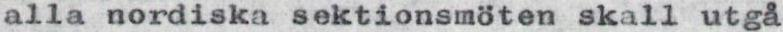
alla nordiska sektionsmöten skall utgå